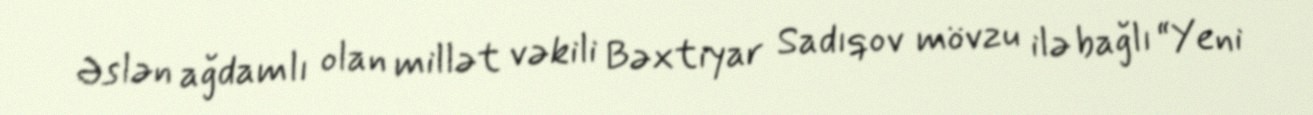
Əslən ağdamlı olan millət vəkili Bəxtiyar Sadıqov mövzu ilə bağlı “Yeni